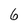
Character: 6